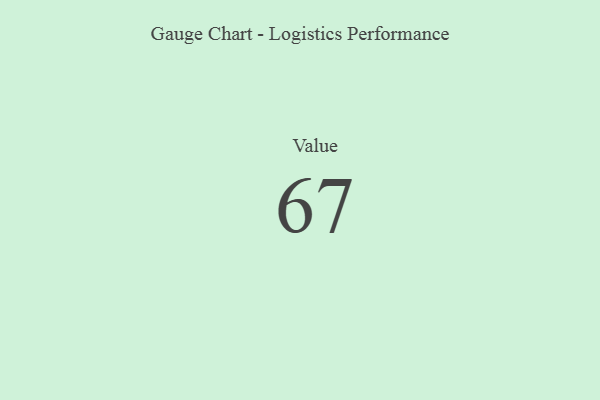
{"axis": {"x": "Metric", "y": "Value"}, "legend": [""], "data": [{"x": "Value", "y": 67, "type": ""}]}